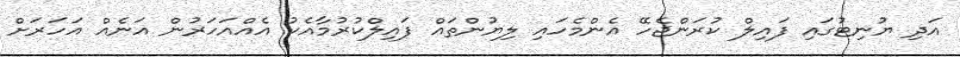
އަދި ޔުނިޓުގައި ފައިލް ކުރަންޖެހޭ އެންމެހައި ލިޔުންތައް ފައިލްކުރުމާއެކު އެއްއަހަރުން އަނެއް އަހަރަށް